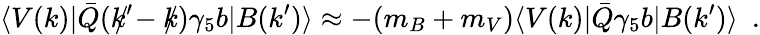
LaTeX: \langle V(k)|\bar{Q}(k^{\prime}\! \! \! \! /-k\! \! \! /)\gamma_{5}b|B(k^{\prime})\rangle\approx-(m_{B}+m_{V})\langle V(k)|\bar{Q}\gamma_{5}b|B(k^{\prime})\rangle\, \, \, .